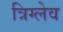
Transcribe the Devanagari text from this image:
त्रिग्लेव